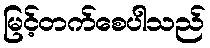
မြင့်တက်စေပါသည်